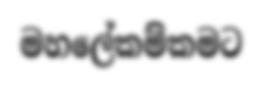
මහලේකම්කමට